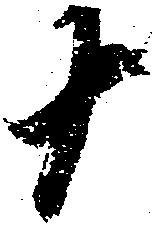
十